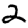
Digit: 2